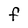
Character: f